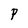
Character: P